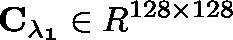
\mathbf { C _ { \lambda _ { 1 } } } \in \mathbb { R } ^ { 1 2 8 \times 1 2 8 }